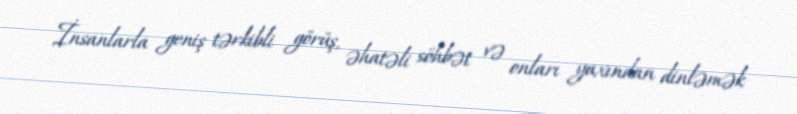
İnsanlarla geniş tərkibli görüş, əhatəli söhbət və onları yaxından dinləmək